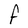
Character: F